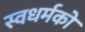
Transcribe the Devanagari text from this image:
स्‍वधर्मको